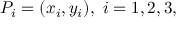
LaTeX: P _ { i } = ( x _ { i } , y _ { i } ) , \ i = 1 , 2 , 3 ,